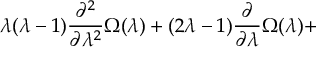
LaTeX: \mu _ { B } = C ( n ) \langle { \dot { \theta } } _ { 1 } \rangle